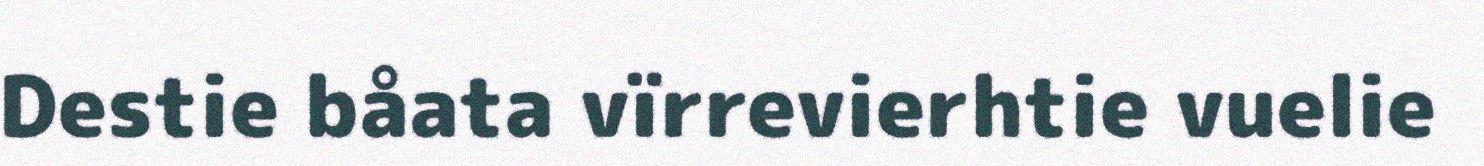
Destie båata vïrrevierhtie vuelie